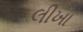
લીખા